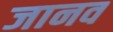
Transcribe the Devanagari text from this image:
जानव